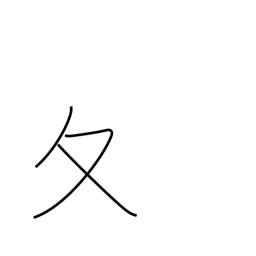
Meaning: winter radical (no. 34)